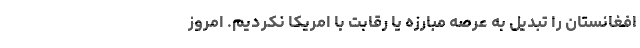
افغانستان را تبديل به عرصه مبارزه يا رقابت با امريكا نكرديم. امروز